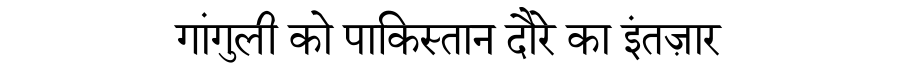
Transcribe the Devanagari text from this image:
गांगुली को पाकिस्तान दौरे का इंतज़ार